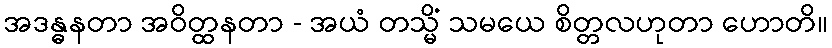
အဒန္ဓနတာ အဝိတ္ထနတာ - အယံ တသ္မိံ သမယေ စိတ္တလဟုတာ ဟောတိ။